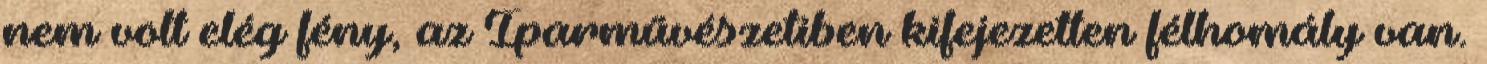
nem volt elég fény, az Iparművészetiben kifejezetten félhomály van.